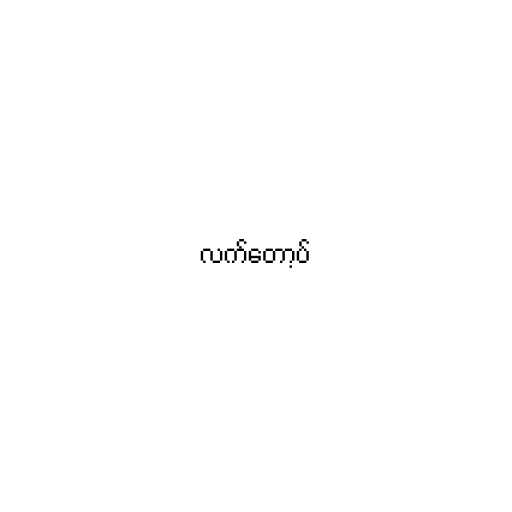
လက်တော့ပ်